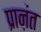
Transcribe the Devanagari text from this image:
प्राऩंत